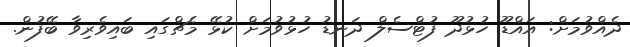
ދެއްވުމަށް: އައްޑޫ ހުޅުދޫ ފުޓްސެލް ދަނޑު ހުޅުވުމަށް ކުޅޭ މެޗްގައި ބައިވެރިވާ ބޭފުން.